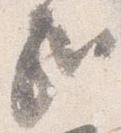
哉